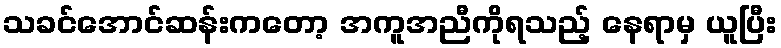
သခင်အောင်ဆန်းကတော့ အကူအညီကိုရသည့် နေရာမှ ယူပြီး